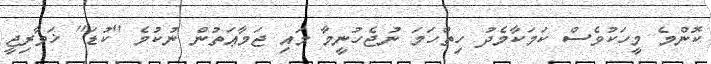
ކޮންމެ މީހަކުވެސް ކަމަކާމެދު ހިތްހަމަ ނުޖެހުނީމާ މައި ޖަމާޢަތުން ނުކުމެ ''ކުޑަ'' ޚަވާރިޖީ